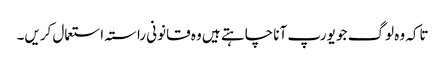
تاکہ وہ لوگ جو یورپ آنا چاہتے ہیں وہ قانونی راستہ استعمال کریں۔